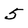
Character: 5